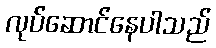
လုပ်ဆောင်နေပါသည်